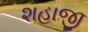
શહાજી